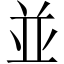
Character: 並